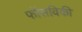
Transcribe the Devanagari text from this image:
फॉसविकी